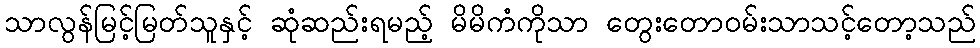
သာလွန်မြင့်မြတ်သူနှင့် ဆုံဆည်းရမည့် မိမိကံကိုသာ တွေးတောဝမ်းသာသင့်တော့သည်